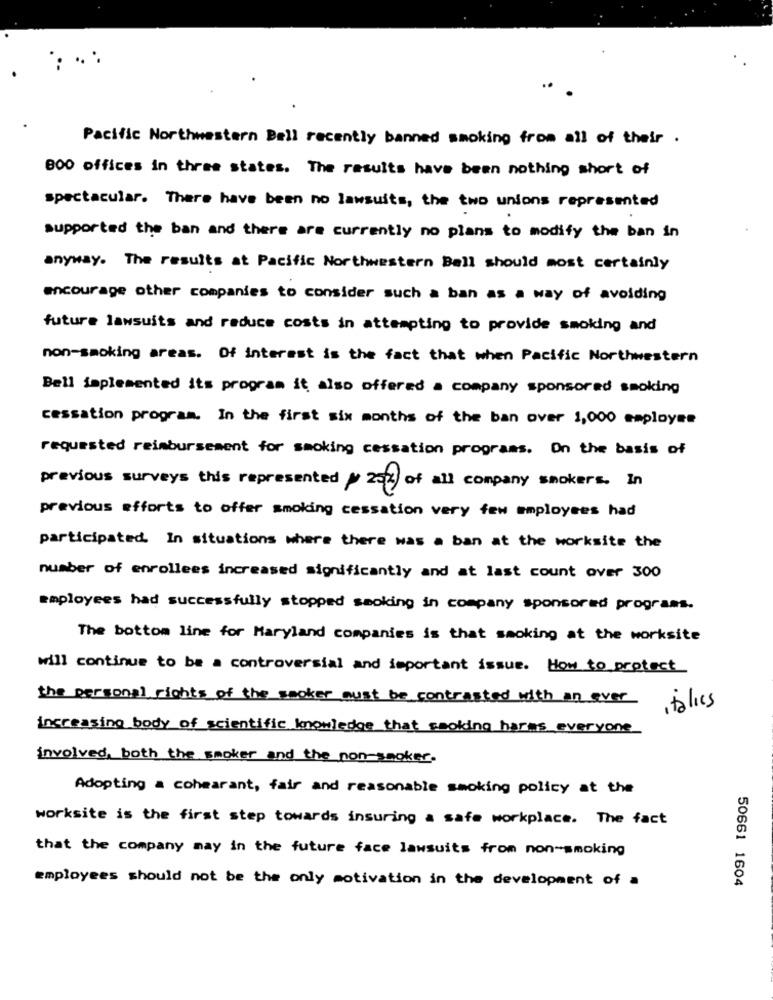
Pacific Northwestern Ball recently banned smoking from all of their .
800 offices in three states. The results have been nothing short of
spectacular. There have been no lawsuits, the two unions represented
supported the ban and there are currently no plans to modify the ban in
anyway. The results at Pacific Northwestern Ball should most certainly
encourage other companies to consider such a ban as a way of avoiding
future lawsuits and reduce costs in attempting to provide smoking and
non-smoking areas. Of interest is the fact that when Pacific Northwestern
Bell implemented its program it also offered a company sponsored smoking
cessation program. In the first six months of the ban over 1,000 employee
requested reimbursement for smoking cessation programs. On the basis of
previous surveys this represented / 20%) of all company smokers. In
previous efforts to offer smoking cessation very few employees had
participated. In situations where there was a ban at the worksite the
number of enrollees increased significantly and at last count over 300
employees had successfully stopped smoking in company sponsored programs.
The bottom line for Maryland companies is that smoking at the worksite
will continue to be a controversial and important issue. How to protect
the personal rights of the smoker must be contrasted with an ever
italics
increasing body of scientific knowledge that smoking harms everyone
involved, both the smoker and the non-smoker.
Adopting & cohearant, fair and reasonable smoking policy at the
worksite is the first step towards insuring a safe workplace. The fact
that the company may in the future face lawsuits from non-smoking
employees should not be the only motivation in the development of a
50661 1604